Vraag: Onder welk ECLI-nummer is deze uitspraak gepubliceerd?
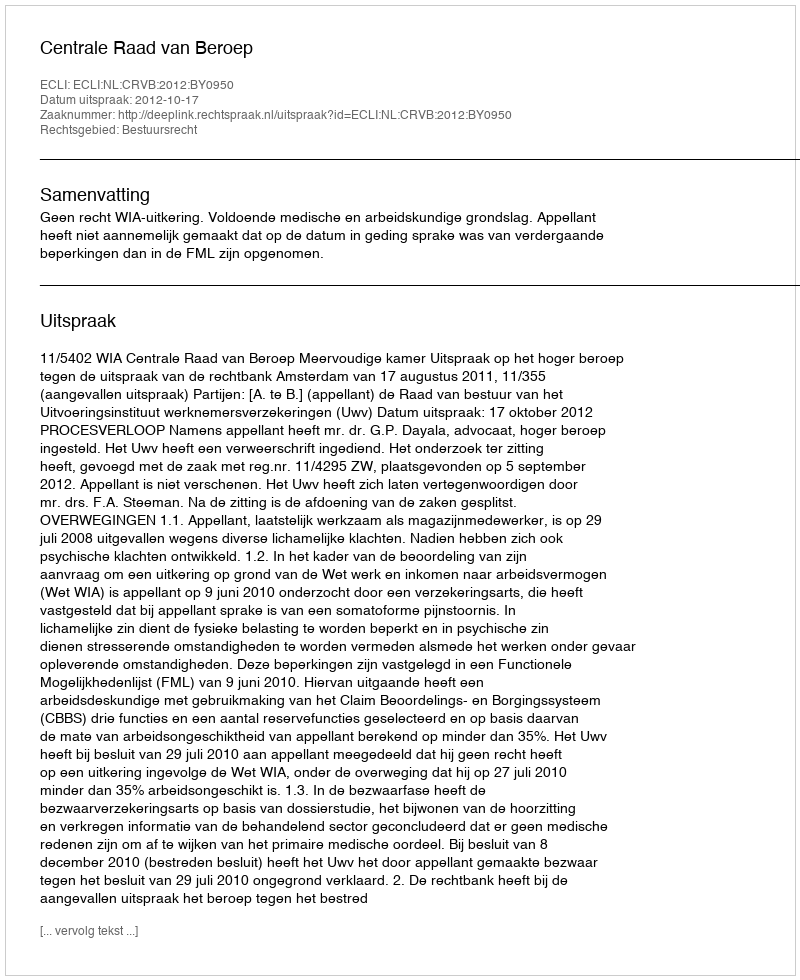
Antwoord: ECLI:NL:CRVB:2012:BY0950